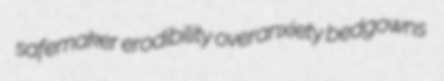
safemaker erodibility overanxiety bedgowns